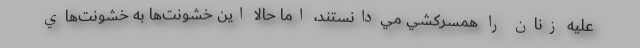
عليه زنان را همسركشي مي‌دانستند، اما حالا اين خشونت‌ها به خشونت‌هاي